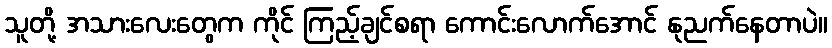
သူတို့ အသားလေးတွေက ကိုင် ကြည့်ချင်စရာ ကောင်းလောက်အောင် နုညက်နေတာပဲ။